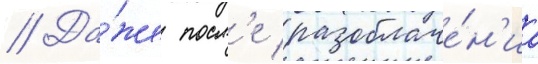
// Да́же посл'е разоблаче́н'иа